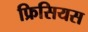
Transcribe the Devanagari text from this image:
फ्रिसियस